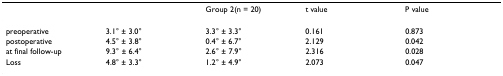
<table><thead><tr><td>[EMPTY_CELL]</td><td>[EMPTY_CELL]</td><td><b>Group 2(n = 20)</b></td><td><b>t value</b></td><td><b>P value</b></td></tr></thead><tbody><tr><td>preoperative</td><td>3.1° ± 3.0°</td><td>3.3° ± 3.3°</td><td>0.161</td><td>0.873</td></tr><tr><td>postoperative</td><td>4.5° ± 3.8°</td><td>0.4° ± 6.7°</td><td>2.129</td><td>0.042</td></tr><tr><td>at final follow-up</td><td>9.3° ± 6.4°</td><td>2.6° ± 7.9°</td><td>2.316</td><td>0.028</td></tr><tr><td>Loss</td><td>4.8° ± 3.3°</td><td>1.2° ± 4.9°</td><td>2.073</td><td>0.047</td></tr></tbody></table>